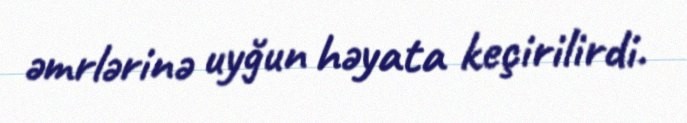
əmrlərinə uyğun həyata keçirilirdi.